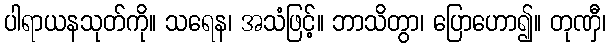
ပါရာယနသုတ်ကို။ သရေန၊ အသံဖြင့်။ ဘာသိတွာ၊ ပြောဟော၍။ တုဏှီ၊